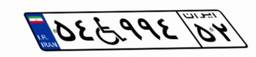
۴۷W۱۱۳۰۴